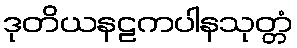
ဒုတိယနဠကပါနသုတ္တံ